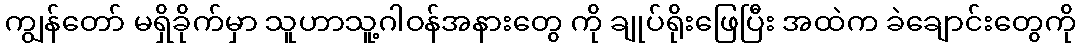
ကျွန်တော် မရှိခိုက်မှာ သူဟာသူ့ဂါဝန်အနားတွေ ကို ချုပ်ရိုးဖြေပြီး အထဲက ခဲချောင်းတွေကို